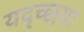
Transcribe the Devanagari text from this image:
यदृच्छया